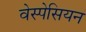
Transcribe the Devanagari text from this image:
वेस्पेसियन